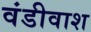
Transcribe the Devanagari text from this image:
वंडीवाश